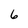
Character: 6